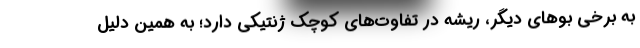
به برخی بوهای دیگر، ریشه در تفاوت‌های کوچک ژنتیکی دارد؛ به همین دلیل